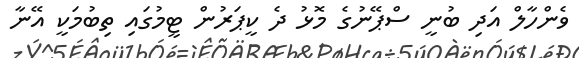
ވެންހާލް އަދި ބުނީ ސްޕޭނުގެ މޮޅު ދެ ކީޕަރުން ޓީމުގައި ތިބުމަކީ އޭނާ